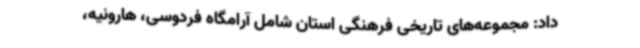
داد: مجموعه‌های تاریخی فرهنگی استان شامل آرامگاه فردوسی، هارونیه،